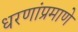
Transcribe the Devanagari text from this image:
धरणांप्रमाणे